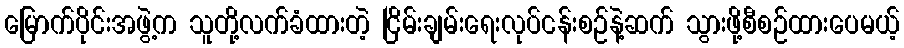
မြောက်ပိုင်းအဖွဲ့က သူတို့လက်ခံထားတဲ့ ငြိမ်းချမ်းရေးလုပ်ငန်းစဉ်နဲ့ဆက် သွားဖို့စီစဉ်ထားပေမယ့်